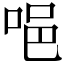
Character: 唈